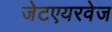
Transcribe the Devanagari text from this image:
जेटएयरवेज